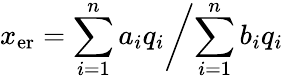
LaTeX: x_{\mathrm{er}}=\sum_{i=1}^{n}a_{i}q_{i}\biggl/\sum_{i=1}^{n}b_{i}q_{i}